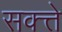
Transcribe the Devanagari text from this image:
सक्त्ते